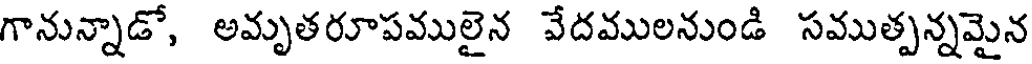
గానున్నాడో, అమృతరూపములైన వేదములనుండి సముత్పన్నమైన